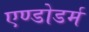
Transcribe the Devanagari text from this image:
एण्डोडर्म